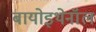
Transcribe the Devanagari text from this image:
बायोइथेनॉल